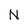
Character: N